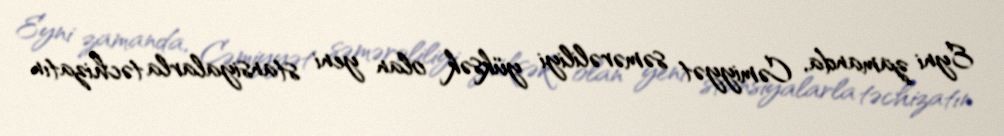
Eyni zamanda, Cəmiyyət səmərəliliyi yüksək olan yeni stansiyalarla təchizatın